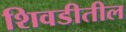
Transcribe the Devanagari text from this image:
शिवडीतील